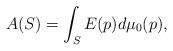
LaTeX: \begin{align*}A(S) = \int_S E(p)d\mu_0(p),\end{align*}